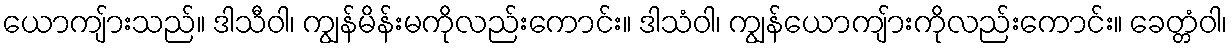
ယောကျ်ားသည်။ ဒါသီဝါ၊ ကျွန်မိန်းမကိုလည်းကောင်း။ ဒါသံဝါ၊ ကျွန်ယောကျ်ားကိုလည်းကောင်း။ ခေတ္တံဝါ၊